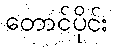
တောင်ပိုင်း